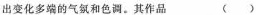
出变化多端的气氨和色调。其作品( )